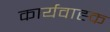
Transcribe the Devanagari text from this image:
कार्यवाह्क